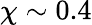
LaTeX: \chi\sim 0.4